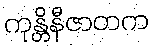
ကုန္တိနီဇာတက